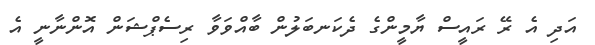
އަދި އެ ރޭ ރައީސް ޔާމީންގެ ދެކަނބަލުން ބާއްވަވާ ރިސެޕްޝަން އޮންނާނީ އެ